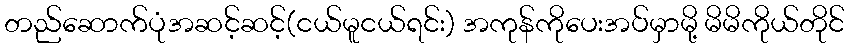
တည်ဆောက်ပုံအဆင့်ဆင့်(ငယ်မူငယ်ရင်း) အကုန်ကိုပေးအပ်မှာမို့ မိမိကိုယ်တိုင်